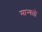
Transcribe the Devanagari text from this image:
मान्यतो